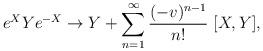
LaTeX: \begin{align*}e^X Y e^{-X} \to Y + \sum_{n=1}^\infty {(-v)^{n-1}\over n!}\; [X,Y],\end{align*}